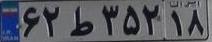
۶۲ط۳۵۲۱۸